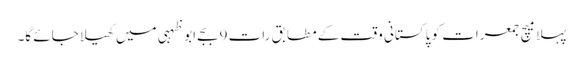
پہلا میچ جمعرات کو پاکستانی وقت کے مطابق رات 9بجے ابوظہبی میں کھیلا جائے گا۔